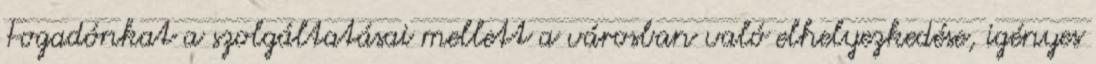
Fogadónkat a szolgáltatásai mellett a városban való elhelyezkedése, igényes